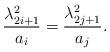
LaTeX: \begin{align*}\frac{\lambda_{2i+1}^2}{a_i}=\frac{\lambda_{2j+1}^2}{a_j}.\end{align*}